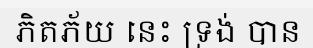
ភិតភ័យ នេះ ទ្រង់ បាន